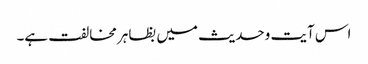
اس آیت وحدیث میں بظاہر مخالفت ہے۔